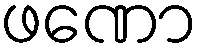
ဖဏော